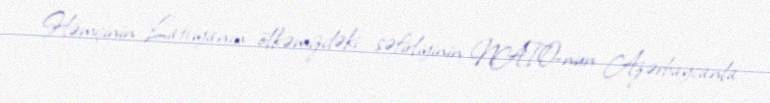
Həmçinin Latviyanın ölkəmizdəki səfirliyinin NATO-nun Azərbaycanla